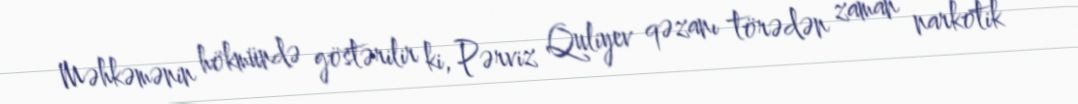
Məhkəmənin hökmündə göstərilir ki, Pərviz Quliyev qəzanı törədən zaman narkotik